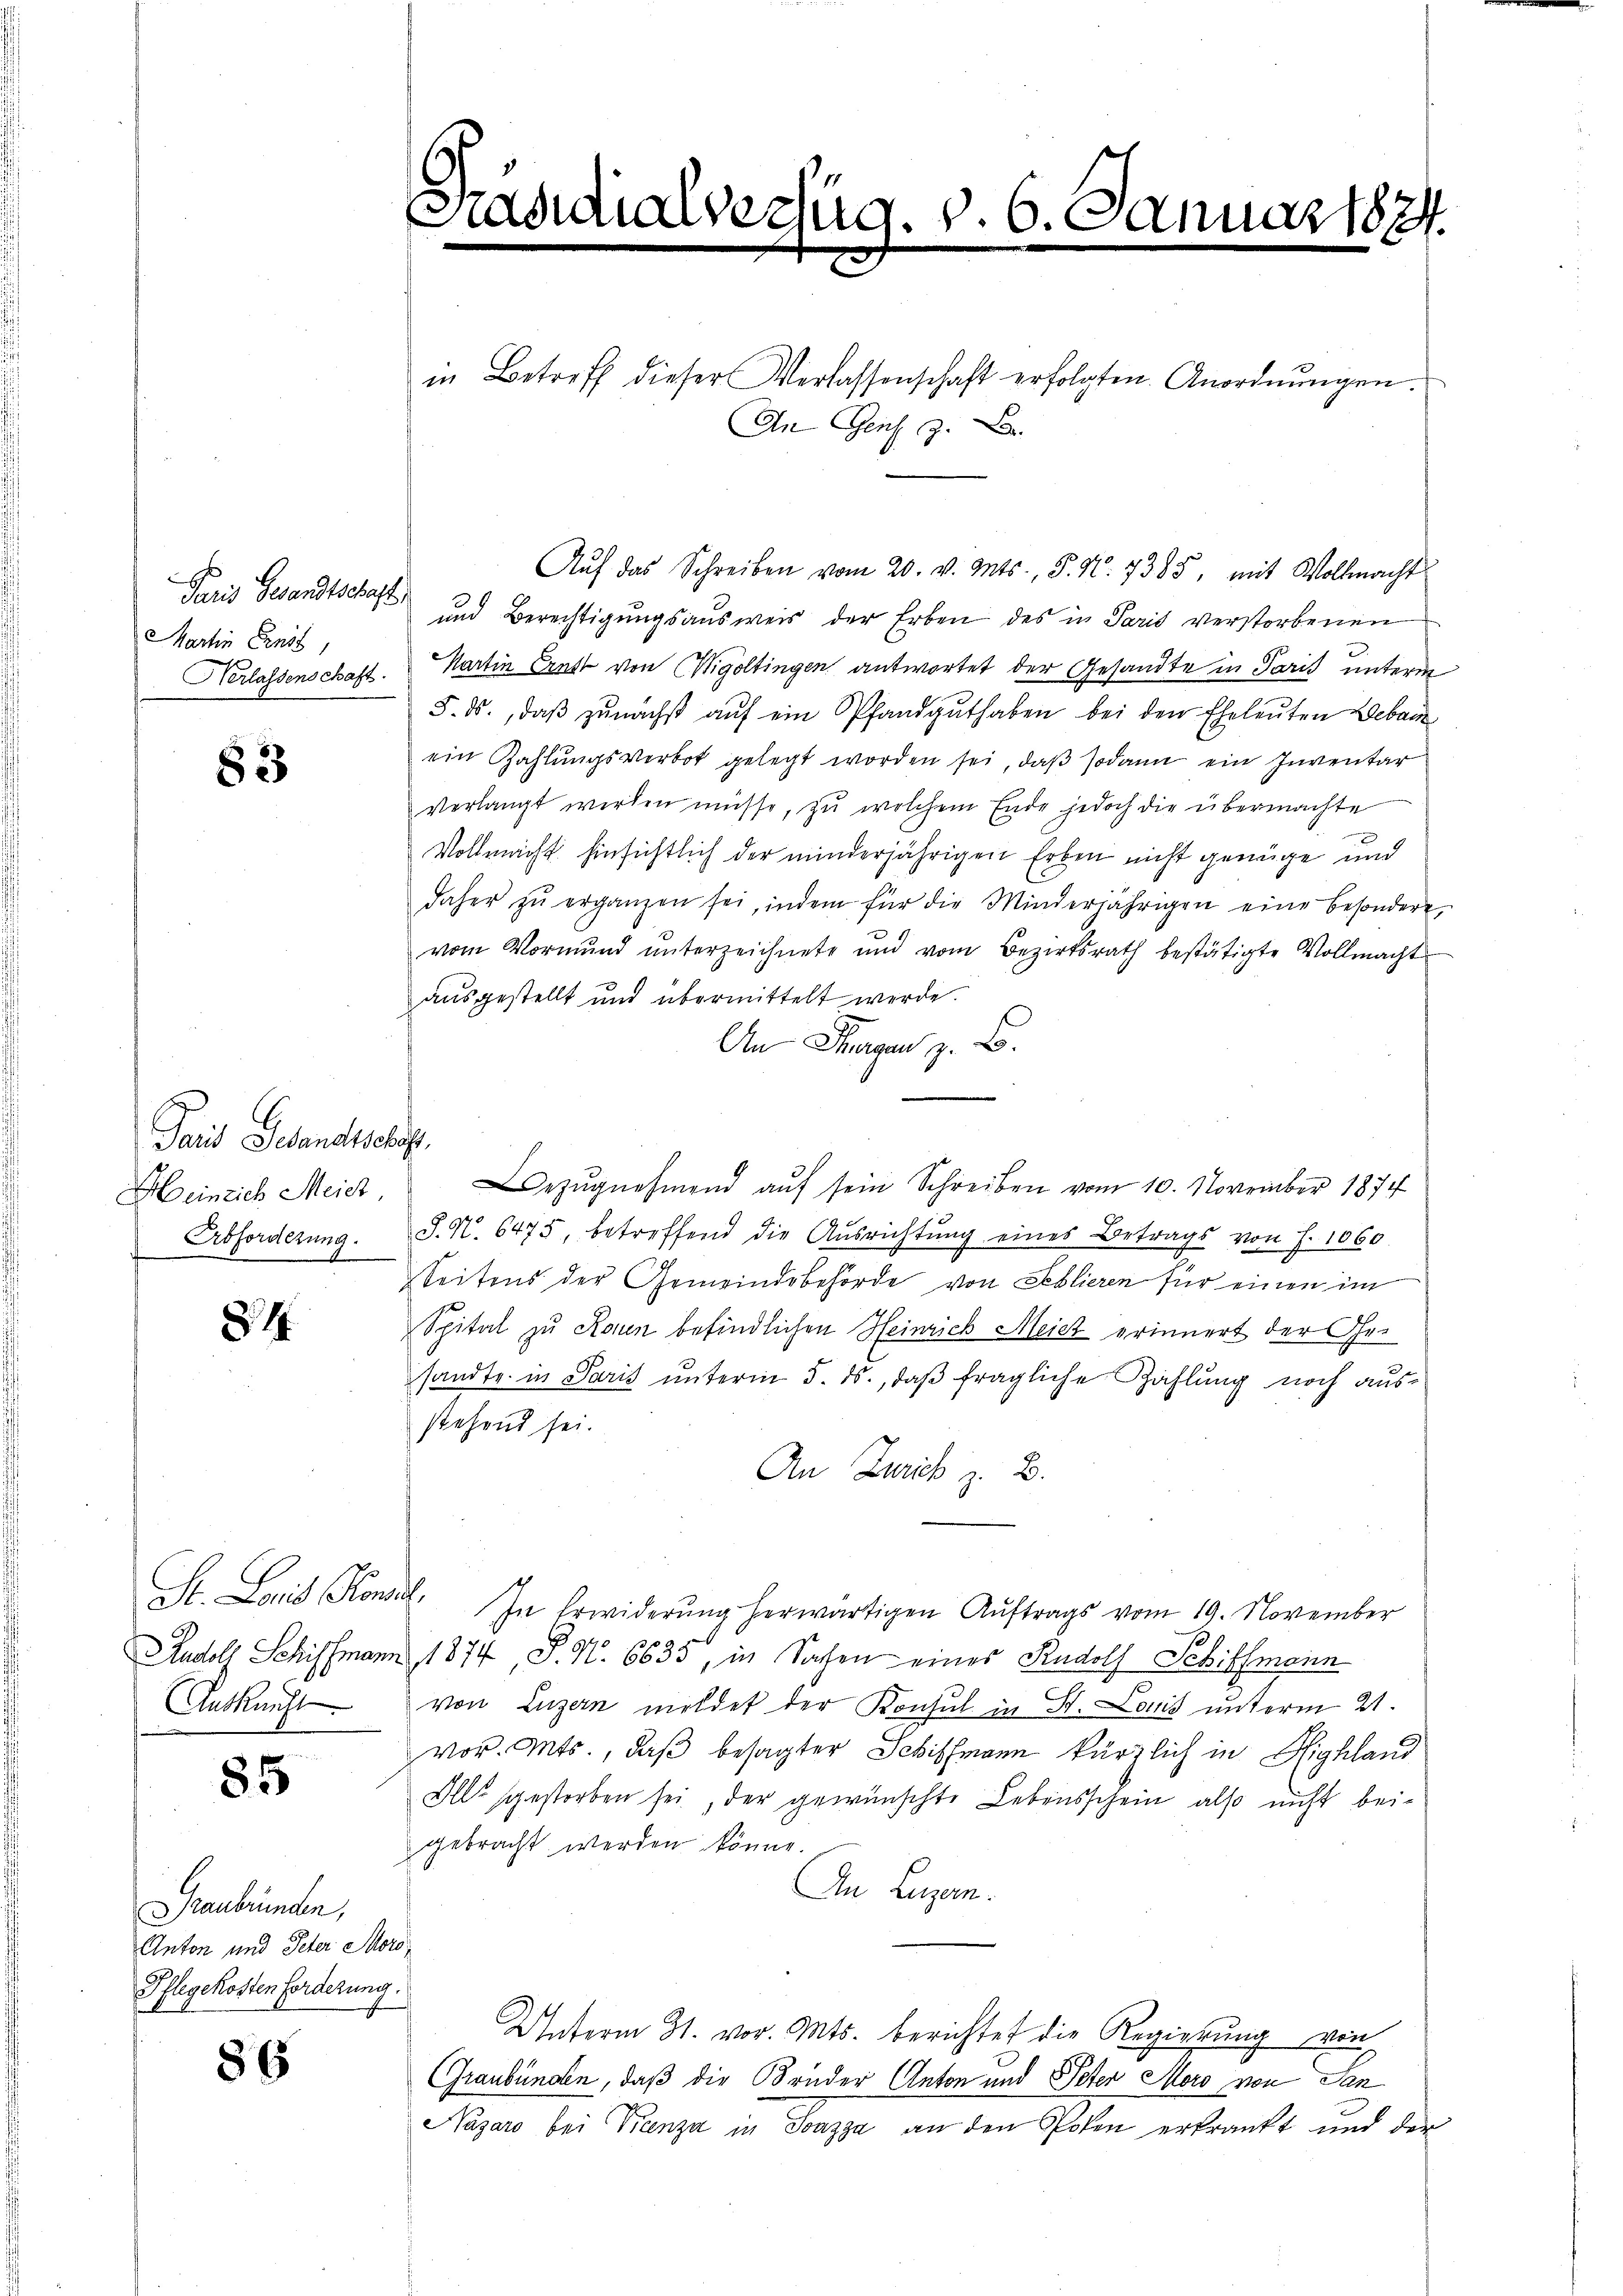
Paris Gesandtschaft
Martin Ernst

83

Fand Gesandtschaf
Heinrich Meier,
Abforderung.

84

Auskunft

85

Graubünden,
Anton und Peter Mord¬
Pflegekosten forderung.

86

Casidialvertig. v. 6. Januar 1874.

An Genf z. B.

in Betreff dieser Verlassenschaft erfolgten Anordnungen.

Aŭf das Schreiben vom 20. v. Mts., S. N. 7385, mit Vollmacht
und Berechtigungsausweis der Erben des in Paris verstorbenen
Herlassenschaft. Martin Ernst von Wigoltingen antwortet der Gesandte in Paris unterm
5. ds., daß zunächst auf ein Pfandguthaben bei den Eheleuten Bebaue
ein Zahlungsverbot gelegt worden sei, daß sodann ein Inventar
verlangt werden müsse, zu welchem Ende jedoch die übermachte
Vollmacht hinsichtlich der minderjährigen Erben nicht genüge und
daher zŭ erganzen sei, indem für die Minderjährigen eine besondere,
vom Vormŭnd ŭnterzeichnete und vom Bezirksrath bestätigte Vollmacht
ausgestellt und übermittelt werde.
An Tagen z. B.
ezŭgnehmend aŭf sein Schreiben vom 10. November 1874
§. N. 6475, betreffend die Ausrichtung eines Betrags von f. 1060.
Seitens der Gemeindsbehörde von Seblieren für einen im
Spital zu Raun befindlichen Heinrich Meier erinnert der Gesandte in Paris unterm 5. ds., daß fragliche Zahlung noch ausstehend sei.
An Zürich z. B.
St. Louis Konsil. In Erwiderŭng herwärtigen Aŭftrags vom 19. November
Rudolf Schiffmanns, 1874, P. N. 6635, in Sachen eines Rudolf Schiffmann
von Luzern meldet der Konsul in St. Louis unterm 21.
vor. Mts., daß besagter Schiffmann kürzlich in Highland
Alls gestorben sei, der gewünschte Lebensschein also nicht beigebracht werden könne.
An Luzern.
Unterm 31. vor. Mts. berichtet die Regierŭng von
Graubünden, daß die Brüder Anton und Peter Mord von Jan
Nazare bei Franza in Joazza an den Posen erkrankt und der